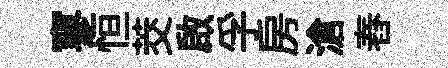
寥恒茭啟孚房滄舂